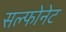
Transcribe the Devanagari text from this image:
सल्फोनेट